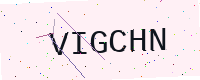
Text: VIGCHN